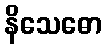
နိသေဓော